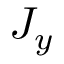
J _ { y }